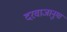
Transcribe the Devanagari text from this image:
दरवाजानुमा